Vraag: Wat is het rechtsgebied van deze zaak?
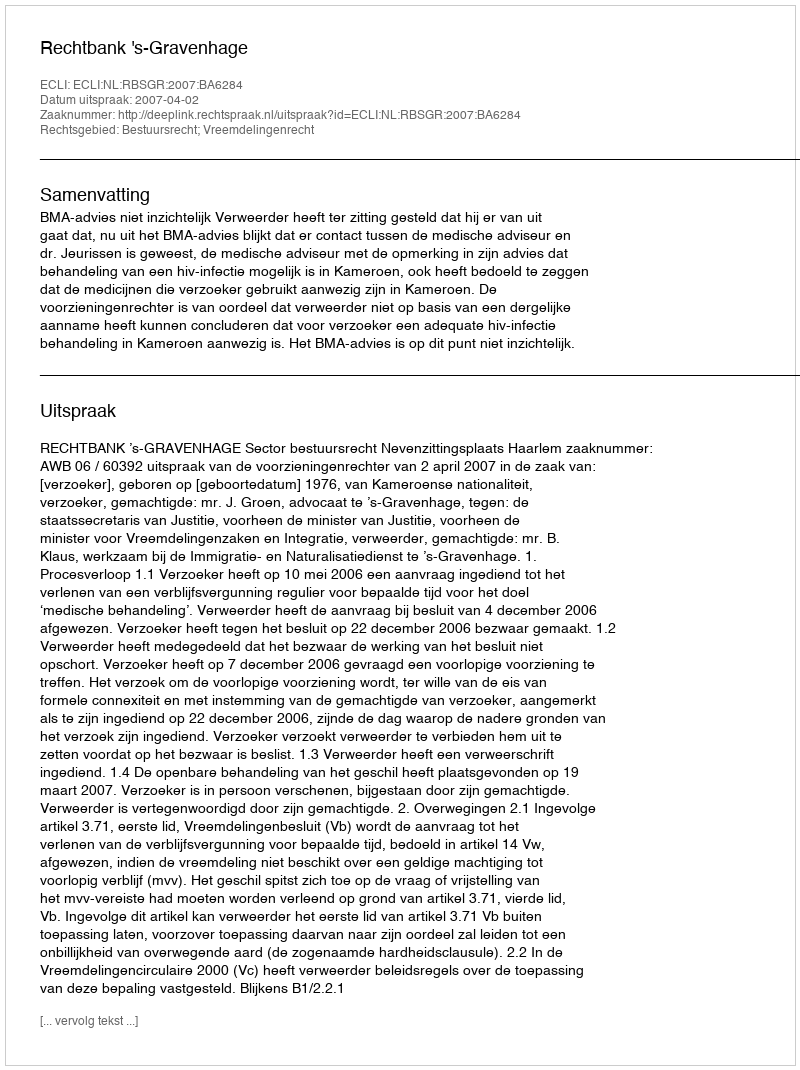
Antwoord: Bestuursrecht; Vreemdelingenrecht